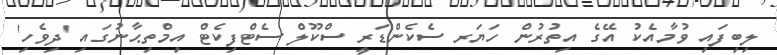
ލިބިފައި ވުމާއެކު އޭގެ އިތުރުން ހަޔަރ ސެކެންޑަރީ ސްކޫލް ސެޓްފިކެޓް އިމްތިޙާނުގައި 'ދިވެހި'